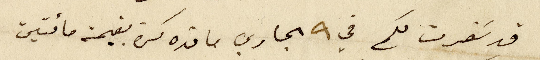
قد سَفرت لكم في ٩ الجاري  ما قده كسرة بقيمة مائتين